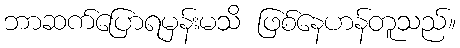
ဘာဆက်ပြောရမှန်းမသိ ဖြစ်နေဟန်တူသည်။